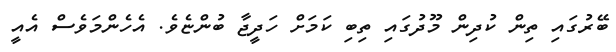
ބޭރުގައި ތިން ކުދިން މޫދުގައި ތިބި ކަމަށް ހަދީޖާ ބުންޏެވެ. އެހެންމަވެސް އެއީ